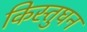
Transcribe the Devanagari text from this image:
किस्तुघन